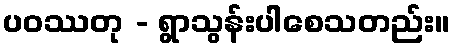
ပဝဿတု - ရွာသွန်းပါစေသတည်း။